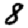
Digit: 8